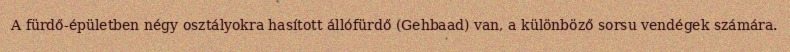
A fürdő-épületben négy osztályokra hasított állófürdő (Gehbaad) van, a különböző sorsu vendégek számára.